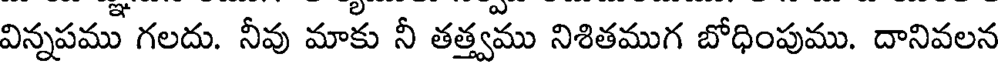
విన్నపము గలదు. నీవు మాకు నీ తత్త్వము నిశితముగ బోధింపుము. దానివలన